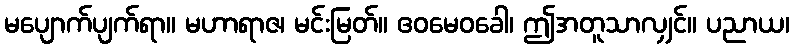
မပျောက်ပျက်ရာ။ မဟာရာဇ၊ မင်းမြတ်။ ဧဝမေဝခေါ၊ ဤအတူသာလျှင်။ ပညာယ၊